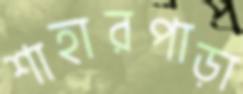
শাহারপাড়া